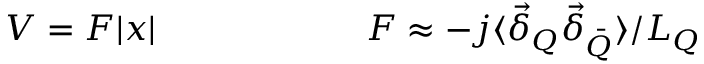
V = F | x | \qquad \qquad \qquad F \approx - j \langle \vec { \delta } _ { Q } \vec { \delta } _ { \bar { Q } } \rangle / L _ { Q }